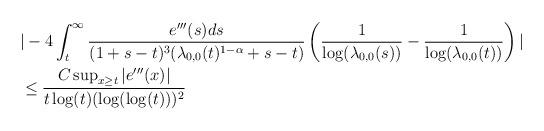
LaTeX: \begin{align*} &|-4 \int_{t}^{\infty} \frac{e'''(s) ds}{(1+s-t)^{3} (\lambda_{0,0}(t)^{1-\alpha}+s-t)} \left(\frac{1}{\log(\lambda_{0,0}(s))}-\frac{1}{\log(\lambda_{0,0}(t))}\right)|\\&\leq \frac{C \sup_{x \geq t}|e'''(x)|}{t \log(t) (\log(\log(t)))^{2}}\end{align*}